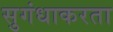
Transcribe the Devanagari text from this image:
सुगंधाकरता